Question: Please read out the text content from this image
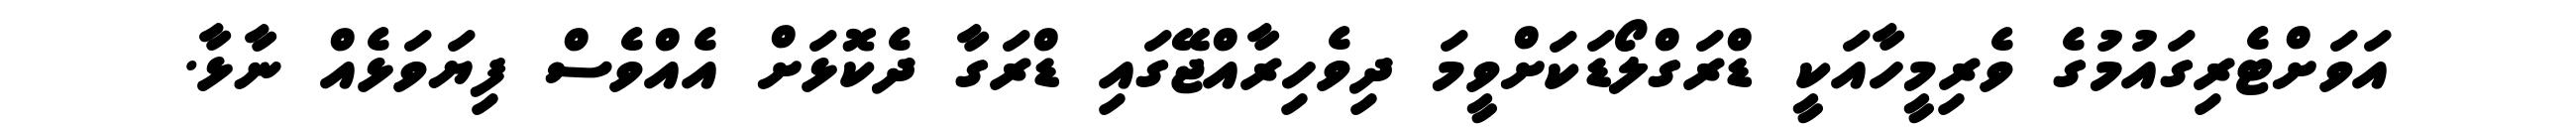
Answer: އަވަށްޓެރިގައުމުގެ ވެރިމީހާއަކީ ޑްރަގްލޯޑަކަށްވީމަ ދިވެހިރާއްޖޭގައި ޑްރަގާ ދެކޮޅަށް އެއްވެސް ފިޔަވަޅެއް ނާޅާ.